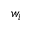
w _ { i }